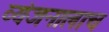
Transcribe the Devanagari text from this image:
व्यंजनालाच